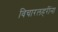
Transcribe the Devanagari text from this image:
विचारलहरींना